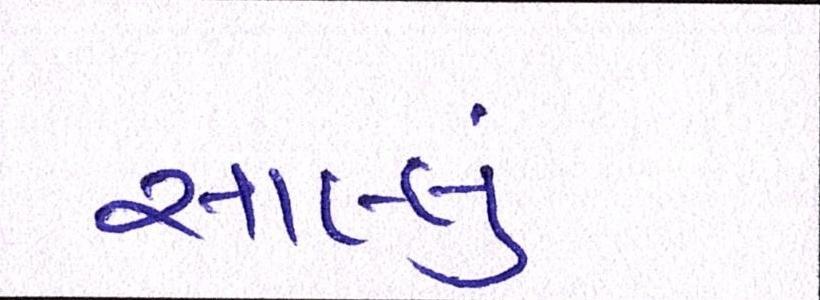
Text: સાલ્લું